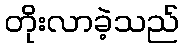
တိုးလာခဲ့သည်